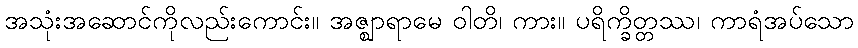
အသုံးအဆောင်ကိုလည်းကောင်း။ အဇ္ဈာရာမေ ဝါတိ၊ ကား။ ပရိက္ခိတ္တဿ၊ ကာရံအပ်သော